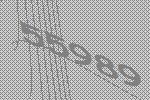
55989